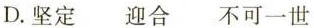
D.坚定迎合不可一世